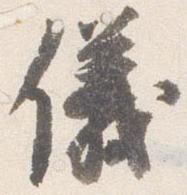
儀